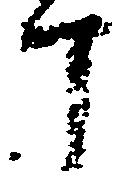
丁